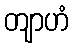
တျာဟံ